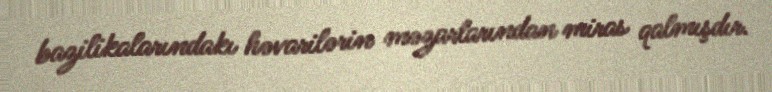
bazilikalarındakı həvarilərin məzarlarından miras qalmışdır.